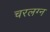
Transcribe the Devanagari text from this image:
चरलग्न